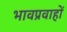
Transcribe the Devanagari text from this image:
भावप्रवाहों